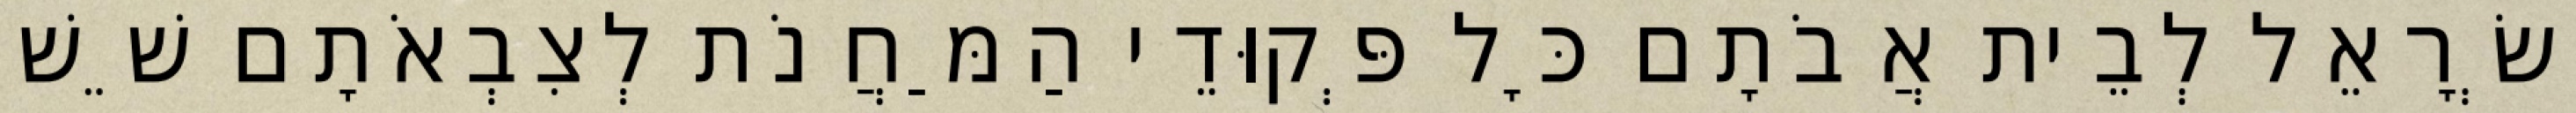
יִשְׂרָאֵל לְבֵית אֲבֹתָם כָּל פְּקוּדֵי הַמַּחֲנֹת לְצִבְאֹתָם שֵׁשׁ